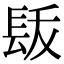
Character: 𨱩